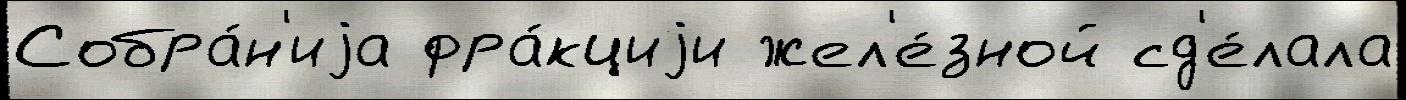
Собра́н'иjа фра́кциjи жел'е́зной сд'е́лала